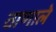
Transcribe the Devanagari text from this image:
ठाणाले